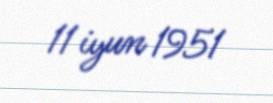
11 iyun 1951